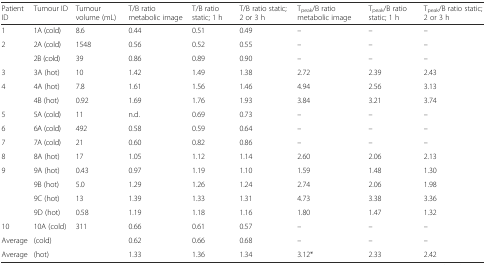
<table><thead><tr><td><b>Patient ID</b></td><td><b>Tumour ID</b></td><td><b>Tumour volume (mL)</b></td><td><b>T/B ratio metabolic image</b></td><td><b>T/B ratio static; 1 h</b></td><td><b>T/B ratio static; 2 or 3 h</b></td><td><b>T<sub>peak</sub>/B ratio metabolic image</b></td><td><b>T<sub>peak</sub>/B ratio static; 1 h</b></td><td><b>T<sub>peak</sub>/B ratio static; 2 or 3 h</b></td></tr></thead><tbody><tr><td>1</td><td>1A (cold)</td><td>8.6</td><td>0.44</td><td>0.51</td><td>0.49</td><td>–</td><td>–</td><td>–</td></tr><tr><td rowspan="2">2</td><td>2A (cold)</td><td>1548</td><td>0.56</td><td>0.52</td><td>0.55</td><td>–</td><td>–</td><td>–</td></tr><tr><td>2B (cold)</td><td>39</td><td>0.86</td><td>0.89</td><td>0.90</td><td>–</td><td>–</td><td>–</td></tr><tr><td>3</td><td>3A (hot)</td><td>10</td><td>1.42</td><td>1.49</td><td>1.38</td><td>2.72</td><td>2.39</td><td>2.43</td></tr><tr><td rowspan="2">4</td><td>4A (hot)</td><td>7.8</td><td>1.61</td><td>1.56</td><td>1.46</td><td>4.94</td><td>2.56</td><td>3.13</td></tr><tr><td>4B (hot)</td><td>0.92</td><td>1.69</td><td>1.76</td><td>1.93</td><td>3.84</td><td>3.21</td><td>3.74</td></tr><tr><td>5</td><td>5A (cold)</td><td>11</td><td>n.d.</td><td>0.69</td><td>0.73</td><td>–</td><td>–</td><td>–</td></tr><tr><td>6</td><td>6A (cold)</td><td>492</td><td>0.58</td><td>0.59</td><td>0.64</td><td>–</td><td>–</td><td>–</td></tr><tr><td>7</td><td>7A (cold)</td><td>21</td><td>0.60</td><td>0.82</td><td>0.86</td><td>–</td><td>–</td><td>–</td></tr><tr><td>8</td><td>8A (hot)</td><td>17</td><td>1.05</td><td>1.12</td><td>1.14</td><td>2.60</td><td>2.06</td><td>2.13</td></tr><tr><td rowspan="4">9</td><td>9A (hot)</td><td>0.43</td><td>0.97</td><td>1.19</td><td>1.10</td><td>1.59</td><td>1.48</td><td>1.30</td></tr><tr><td>9B (hot)</td><td>5.0</td><td>1.29</td><td>1.26</td><td>1.24</td><td>2.74</td><td>2.06</td><td>1.98</td></tr><tr><td>9C (hot)</td><td>13</td><td>1.39</td><td>1.33</td><td>1.31</td><td>4.73</td><td>3.38</td><td>3.36</td></tr><tr><td>9D (hot)</td><td>0.58</td><td>1.19</td><td>1.18</td><td>1.16</td><td>1.80</td><td>1.47</td><td>1.32</td></tr><tr><td>10</td><td>10A (cold)</td><td>311</td><td>0.66</td><td>0.61</td><td>0.57</td><td>–</td><td>–</td><td>–</td></tr><tr><td>Average</td><td>(cold)</td><td></td><td>0.62</td><td>0.66</td><td>0.68</td><td>–</td><td>–</td><td>–</td></tr><tr><td>Average</td><td>(hot)</td><td></td><td>1.33</td><td>1.36</td><td>1.34</td><td>3.12*</td><td>2.33</td><td>2.42</td></tr></tbody></table>